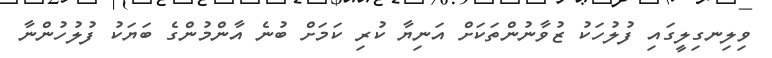
ވިލިނގިލީގައި ފުލުހަކު ޒުވާނުންތަކަށް އަނިޔާ ކުރި ކަމަށް ބުނެ އާންމުންގެ ބަޔަކު ފުލުހުންނާ